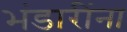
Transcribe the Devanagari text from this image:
भंडारींना